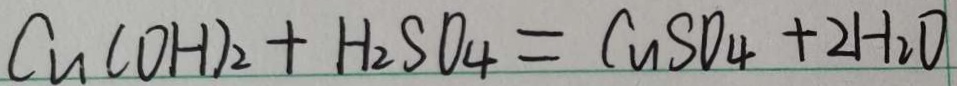
C u ( O H ) _ { 2 } + H _ { 2 } S O _ { 4 } = C u S O _ { 4 } + 2 H _ { 2 } O